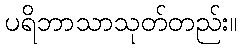
ပရိဘာသာသုတ်တည်း။